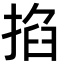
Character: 掐